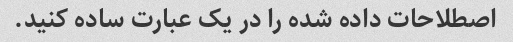
اصطلاحات داده شده را در یک عبارت ساده کنید.